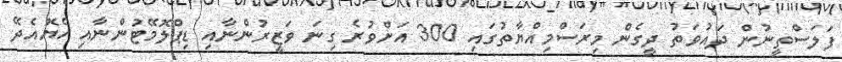
ފަލަސްތީނުން ދައުވަތު ދީގެން މިރަސްމިއްޔާތުގައި 300 އަށްވުރެ ގިނަ ވަޒީރުންނާއި ޑިޕްލޮމޭޓުންނާއި ހެޔޮއެދޭ